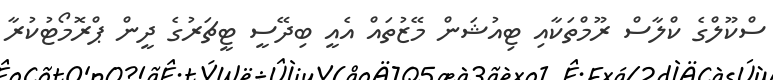
ސްކޫލްގެ ކްލާސް ރޫމްތަކާއި ޓިއުޝަން މޭޒުތައް އެއީ ބިދޭސީ ޓީޗަރުގެ ދީން ޕްރޮމޯޓުކުރާ